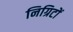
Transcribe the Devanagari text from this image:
निग्रिटों